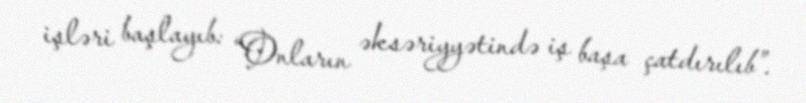
işləri başlayıb: “Onların əksəriyyətində iş başa çatdırılıb”.